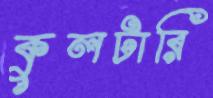
কুলটারি